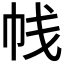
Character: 𰏕